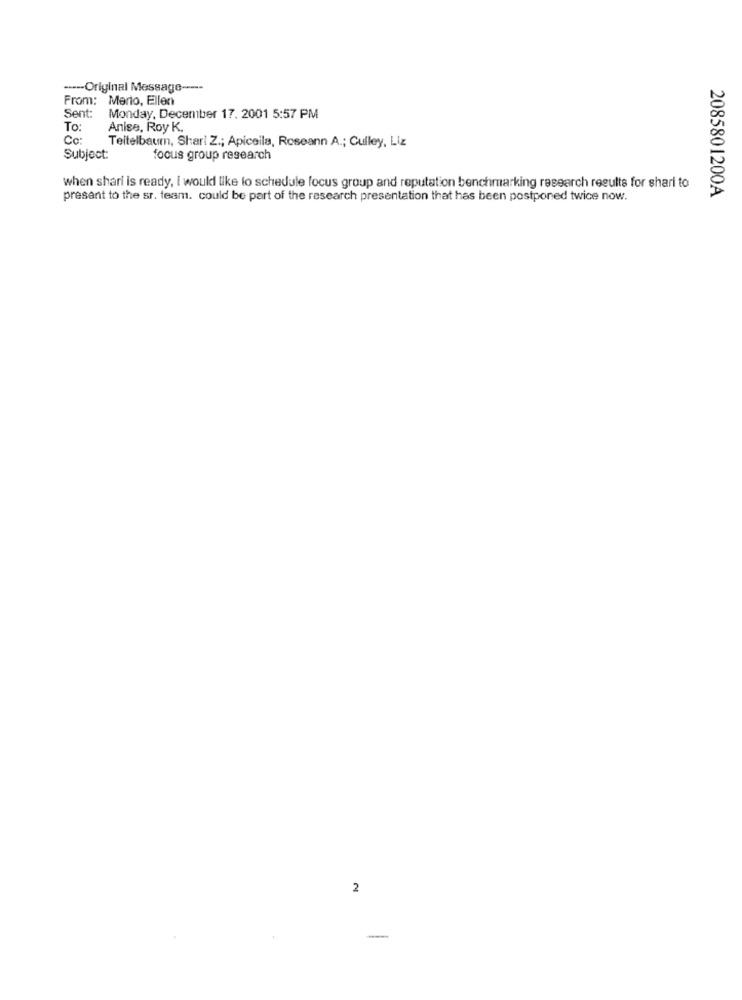
----- Original Message ----
From: Merio, Ellen
Sent:
Monday, December 17. 2001 5:57 PM
To:
Anise, Roy K.
Co:
Teitelbaum, Shari Z .; Apiceila, Roseann A .; Culley, Liz
Subject:
focus group research
when shari is ready, i would like to schedule focus group and reputation benchmarking research results for shari to
2085801200A
present to the sr. team. could be part of the research presentation that has been postponed twice now.
2